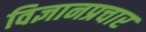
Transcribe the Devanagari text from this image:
विज्ञानप्रचार